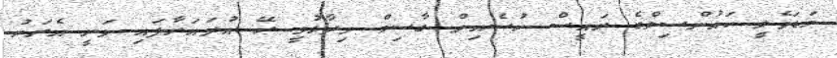
މަޑަވެލީ ކައުންސިލްގެ ރައީސް ހުސެއިން ގާސިމް ވިދާޅުވީ ރޭ އުދައަރާފައި ވަނީ އެރަށު